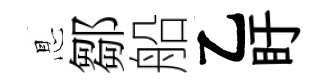
㤙鄒船乙盱